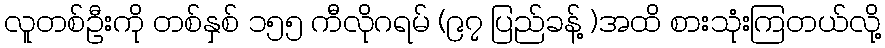
လူတစ်ဦးကို တစ်နှစ် ၁၅၅ ကီလိုဂရမ် (၉၇ ပြည်ခန့် )အထိ စားသုံးကြတယ်လို့